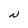
Character: N